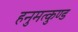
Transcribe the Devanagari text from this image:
हनुमत्कुण्ड